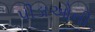
પીડાઓની